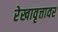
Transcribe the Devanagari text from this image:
रेखावृत्तावर